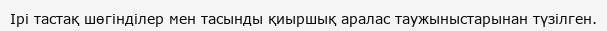
Ірі тастақ шөгінділер мен тасынды қиыршық аралас таужыныстарынан түзілген.